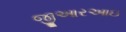
જીઆરઆઇ